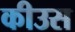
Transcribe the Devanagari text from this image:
कीउस